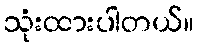
သုံးထားပါတယ်။